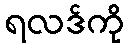
ရလဒ်ကို